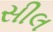
સીલ